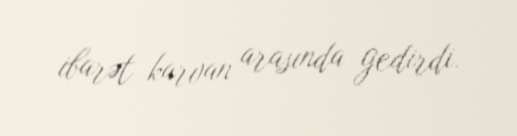
ibarət karvan arasında gedirdi.